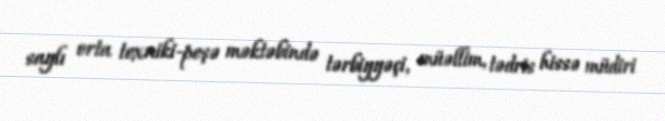
saylı orta texniki-peşə məktəbində tərbiyyəçi, müəllim, tədris hissə müdiri